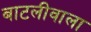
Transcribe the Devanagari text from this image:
बाटलीवाला